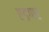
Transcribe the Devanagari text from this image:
एडगार